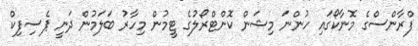
ފްރާންސްގެ މޮނާކޯގައި ހުންނަ މިޝަން ކޮންޓްރޯލުގެ ޓީމުން މިހާރު ބަލަމުން ދަނީ ޕެސިފިކް